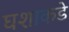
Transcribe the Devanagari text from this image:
घशाकडे